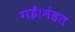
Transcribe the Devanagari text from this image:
गई।मंहत